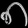
Digit: ၈